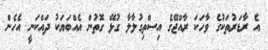
އެ ރާޑަރުތަކުގެ ވާހަކަ ރާއްޖޭގެ އިސްތިގުލާލާ ގުޅޭ ގޮތުން އެއްބަޔަކު ދައްކަނީ އެހެން